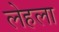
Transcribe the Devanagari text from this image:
लेहला